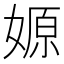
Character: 嫄